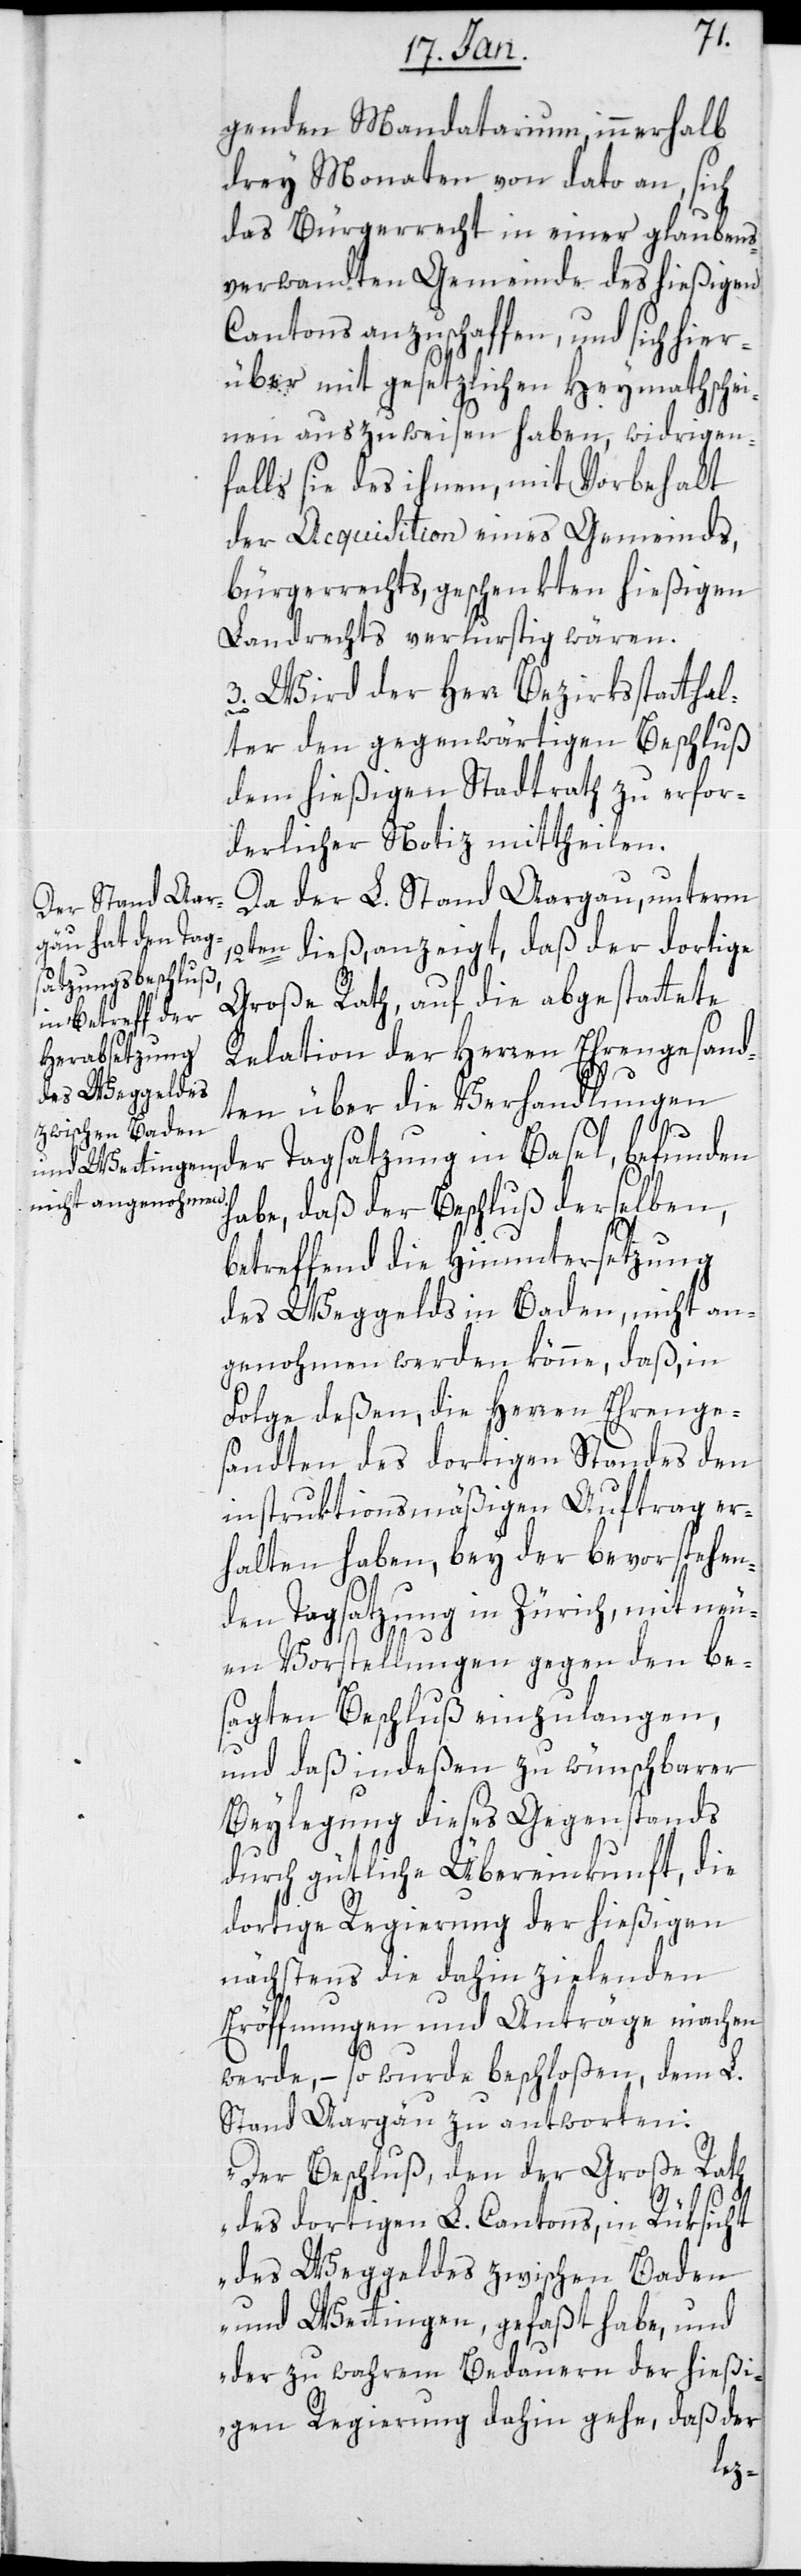
genden Mandatarium, innerhalb
drey Monaten von dato an, sich
das Bürgerrecht in einer glaubens¬
verwandten Gemeinde des hießigen
Cantons anzuschaffen, und sich hier¬
über mit gesetzlichen Heymathschei¬
nen auszuweisen haben, widrigen¬
falls sie das ihnen, mit Vorbehalt
der Acquisition eines Gemeinds¬
bügerrechts, geschenkten hießigen
Landrechts verlustig wären.
3. Wird der Herr Bezirksstatthal¬
ter den gegenwärtigen Beschluß
dem hießigen Stadtrath zu erfor¬
derlicher Notiz mittheilen.
Da der L. Stand Aargau, unterm
12ten dieß, anzeigt, daß der dortige
Große Rath, auf die abgestattete
Relation der Herren Ehrengesand¬
ten über die Verhandlungen
Basel,
habe, daß der Beschluß derselben,
betreffend die Hinuntersetzung
des Weggelds in Baden, nicht an¬
genohmen werden könne, daß, in
Folge deßen, die Herren Ehrenge¬
sandten des dortigen Standes den
instruktionsmäßigen Auftrag er¬
halten haben, bey der bevorstehen¬
den Tagsatzung in Zürich, mit neu¬
en Vorstellungen gegen den be¬
sagten Beschluß einzulangen,
und daß indeßen zu wünschbarer
Beylegung dieses Gegenstands
durch gütliche Übereinkunft, die
dortige Regierung der hießigen
nächstens die dahin zielenden
Eröffnungen und Anträge machen
werde, – so wurde beschloßen, dem L.
Stande Aargäu zu antworten:
"Der Beschluß, den der Große Rath
des dortigen L. Cantons, in Rüksicht
des Weggeldes zwischen Baden
und Wettingen, gefaßt habe, und
der zu wahrem Bedauern der hießi¬
gen Regierung dahin gehe, daß der